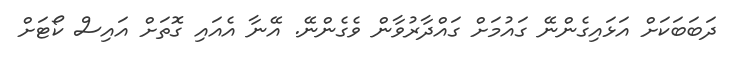
ދަބަބަކަށް އަޅައިގެންނޭ ގައުމަށް ގައްދާރުވާން ވެގެންނޭ. އޭނާ އެއައި ގޮތަށް އައިސް ކޯޓަށް